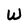
Character: W